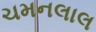
ચમનલાલ